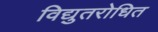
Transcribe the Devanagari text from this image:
विद्युतरोधित